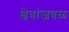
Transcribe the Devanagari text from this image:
क्षेत्रांजवळ